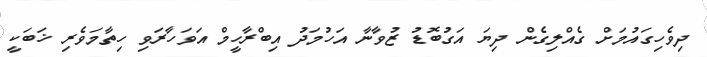
ދިވެހިގައުމަށް ގެއްލިގެން ދިޔަ އަގުބޮޑު ޒުވާނާ އަހުމަދު އިބްރާހީމް އަވަހާރަވި ހިތާމަވެރި ޚަބަކީ